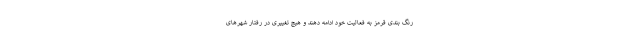
رنگ بندی قرمز به فعالیت خود ادامه دهند و هیچ تغییری در رفتار شهرهای